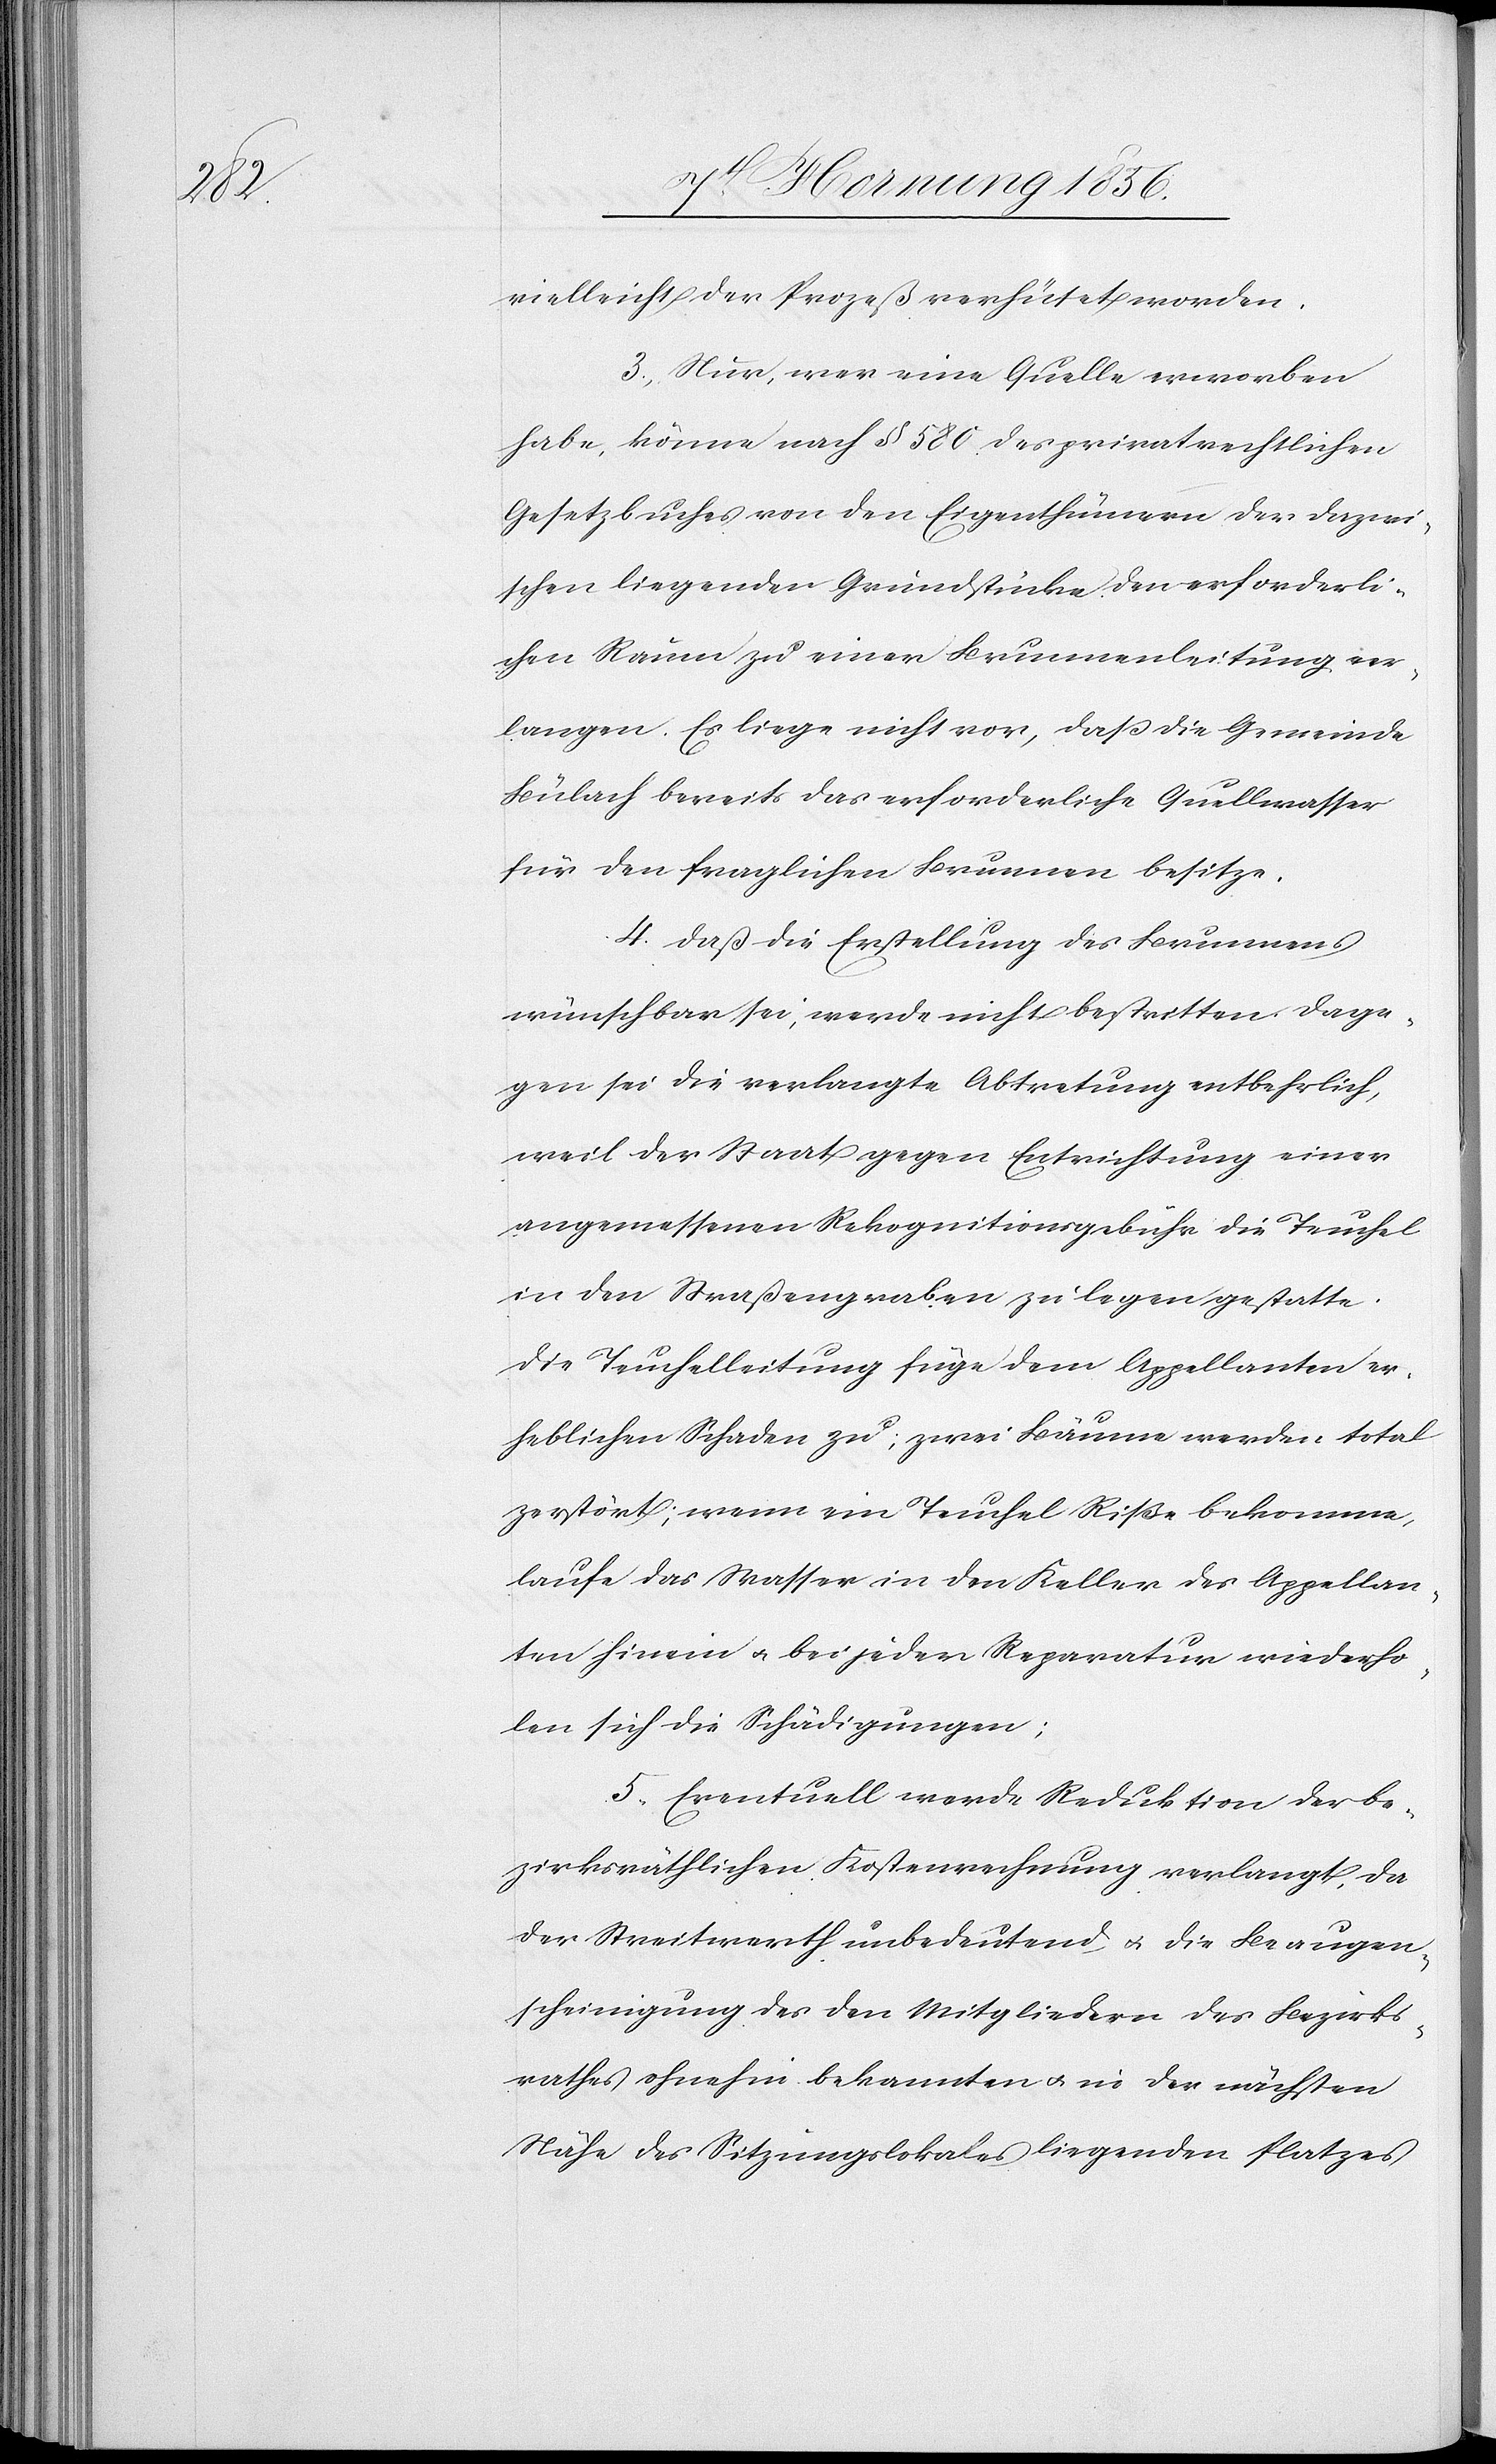
vielleicht der Prozeß verhütet worden.
3., Nur, wer eine Quelle erworben
habe, könne nach § 580 des privatrechtlichen
Gesetzbuches von den Eigenthümern der dazwi¬
schen liegenden Grundstücke den erforderli¬
chen Raum zu einer Brunnenleitung ver¬
langen. Es liege nicht vor, daß die Gemeinde
Bülach bereits das erforderliche Quellwasser
für den fraglichen Brunnen besitze.
4. Daß die Erstellung des Brunnens
wünschbar sei, werde nicht bestritten. Dage¬
gen sei die verlangte Abtretung entbehrlich,
weil der Staat gegen Entrichtung einer
angemessenen Rekognitionsgebühr die Teuchel
in den Straßengraben zu legen gestatte.
Die Teuchelleitung füge dem Appellanten er¬
heblichen Schaden zu; zwei Bäume werden total
zerstört; wenn ein Teuchel Riße bekomme,
laufe das Wasser in den Keller des Appellan¬
ten hinein u. bei jeder Reparatur wiederho¬
len sich die Schädigungen;
5. Eventuell werde Reduktion der be¬
zirksräthlichen Kostenrechnung verlangt, da
der Streitwerth unbedeutend u. die Beaugen¬
scheinigung des den Mitgliedern des Bezirks¬
rathes ohnehin bekannten u. in der nächsten
Nähe des Sitzungslokales liegenden Platzes